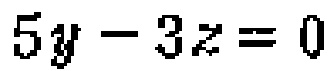
\(5y - 3z = 0\)